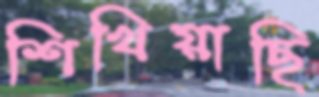
শিখিয়াছি